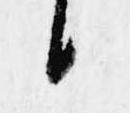
候